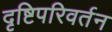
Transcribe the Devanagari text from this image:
दृष्टिपरिवर्तन